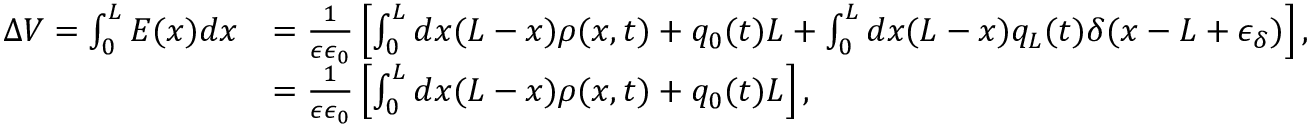
\begin{array} { r l } { \Delta V = \int _ { 0 } ^ { L } E ( x ) d x } & { = \frac { 1 } { \epsilon \epsilon _ { 0 } } \left[ \int _ { 0 } ^ { L } d x ( L - x ) \rho ( x , t ) + q _ { 0 } ( t ) L + \int _ { 0 } ^ { L } d x ( L - x ) q _ { L } ( t ) \delta ( x - L + \epsilon _ { \delta } ) \right] , } \\ & { = \frac { 1 } { \epsilon \epsilon _ { 0 } } \left[ \int _ { 0 } ^ { L } d x ( L - x ) \rho ( x , t ) + q _ { 0 } ( t ) L \right] , } \end{array}